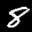
Label: 8